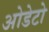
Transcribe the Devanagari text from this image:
ओडेटो